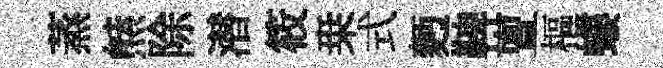
蒸㷱除潜筱桒式麪鞞亶樞螻